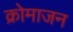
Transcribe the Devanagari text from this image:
क्रोमाजन